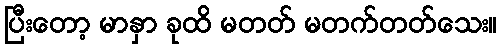
ပြီးတော့ မာနှာ ခုထိ မတတ် မတက်တတ်သေး။